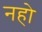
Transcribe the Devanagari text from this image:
नहो